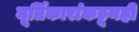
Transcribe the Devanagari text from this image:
मूर्तिकारांकडूनही